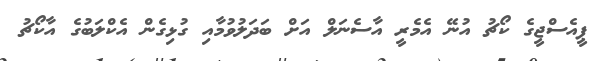
ޕީއެސްޖީގެ ކޯޗު އުނޭ އެމެރީ އާސެނަލް އަށް ބަދަލުވުމާއި ގުޅިގެން އެކްލަބުގެ އާކޯޗު